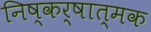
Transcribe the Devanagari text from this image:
निष्कर्षात्मक